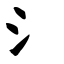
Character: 氵